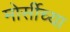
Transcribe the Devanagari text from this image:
मोर्सीच्या